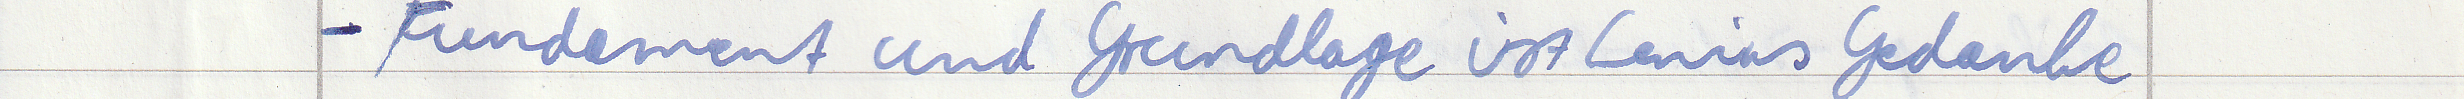
- Fundament und Grundlage ist Lenins Gedanke